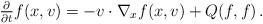
LaTeX: \begin{align*} \tfrac{\partial}{\partial t} f(x,v) = - v \cdot \nabla_x f (x,v) + Q(f,f) \, .\end{align*}